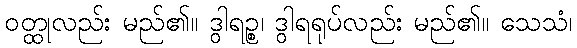
ဝတ္ထုလည်း မည်၏။ ဒွါရဉ္စ၊ ဒွါရရုပ်လည်း မည်၏။ သေသံ၊